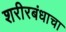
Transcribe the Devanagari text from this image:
शरीरबंधाचा